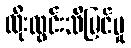
ထိုးထွင်းသိမြင်မှု